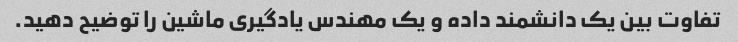
تفاوت بین یک دانشمند داده و یک مهندس یادگیری ماشین را توضیح دهید.